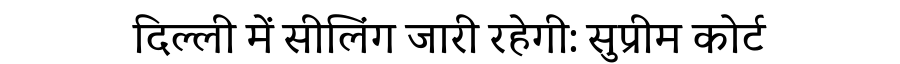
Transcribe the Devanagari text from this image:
दिल्ली में सीलिंग जारी रहेगी: सुप्रीम कोर्ट